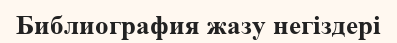
Библиография жазу негіздері